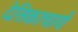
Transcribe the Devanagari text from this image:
देसिकाचार्य